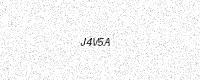
Text: J4V5A